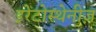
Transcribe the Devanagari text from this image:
इरेटोस्थेनीज़